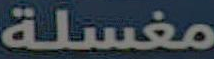
مغسلة